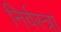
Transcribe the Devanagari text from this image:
निर्वस्त्रा